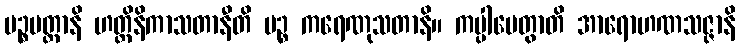
ပဉ္စမတ္တာနိ ဟတ္ထိနိကာသတာနီတိ ပဉ္စ ကရေဏုသတာနိ။ ကပ္ပါပေတွာတိ အာရောဟဏသဇ္ဇာနိ